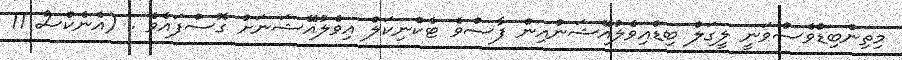
މިތިންބިޑްވެސްވަނީ ލީގަލް ބިޑްއިވެލުއޭޝަންއިން ފާސްވެ ޓެކްނިކަލް އިވެލުއޭޝަނަށް ގޮސްފައެވެ . (އެނެކްސް 11